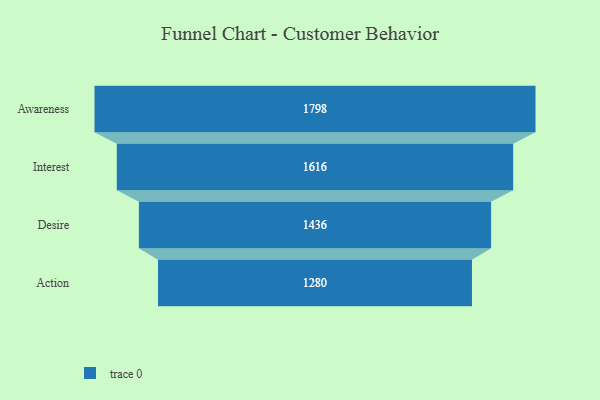
{"axis": {"x": "Stage", "y": "Value"}, "legend": [""], "data": [{"x": "Awareness", "y": 1798.0, "type": ""}, {"x": "Interest", "y": 1616.0, "type": ""}, {"x": "Desire", "y": 1436.0, "type": ""}, {"x": "Action", "y": 1280.0, "type": ""}]}